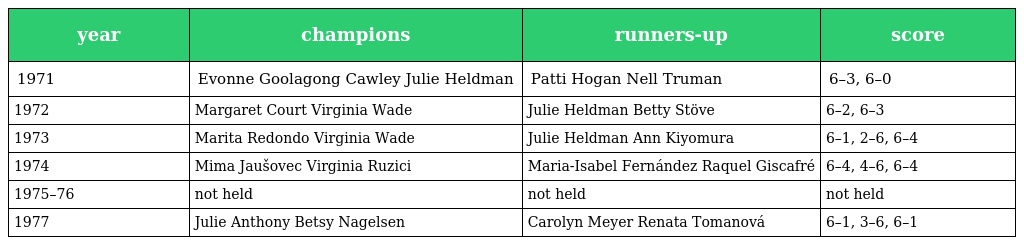
| year | champions | runners-up | score |
 | --- | --- | --- | --- |
 | 1971 | Evonne Goolagong Cawley Julie Heldman | Patti Hogan Nell Truman | 6–3, 6–0 |
 | 1972 | Margaret Court Virginia Wade | Julie Heldman Betty Stöve | 6–2, 6–3 |
 | 1973 | Marita Redondo Virginia Wade | Julie Heldman Ann Kiyomura | 6–1, 2–6, 6–4 |
 | 1974 | Mima Jaušovec Virginia Ruzici | Maria-Isabel Fernández Raquel Giscafré | 6–4, 4–6, 6–4 |
 | 1975–76 | not held | not held | not held |
 | 1977 | Julie Anthony Betsy Nagelsen | Carolyn Meyer Renata Tomanová | 6–1, 3–6, 6–1 |